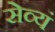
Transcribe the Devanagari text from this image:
सेव्यं